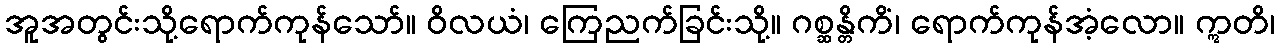
အူအတွင်းသို့ရောက်ကုန်သော်။ ဝိလယံ၊ ကြေညက်ခြင်းသို့။ ဂစ္ဆန္တိကိံ၊ ရောက်ကုန်အံ့လော။ ဣတိ၊